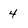
Character: 4